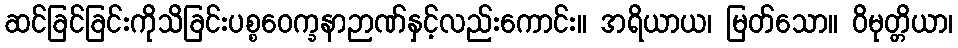
ဆင်ခြင်ခြင်းကိုသိခြင်းပစ္စဝေက္ခနာဉာဏ်နှင့်လည်းကောင်း။ အရိယာယ၊ မြတ်သော။ ဝိမုတ္တိယာ၊